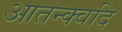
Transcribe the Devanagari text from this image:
आतन्क्वदि